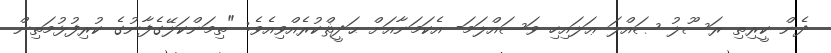
ދެން ކީރިތި ރަސޫލު ޞައްލަ ޢަލައިހި ވަސައްލަމަ- އެކަމަނާއަށް ޙަދީޘްކުރެއްވިއެވެ: "ތިމަންކަލޭގެފާނުގެ ކުރިފުޅުމަތިން